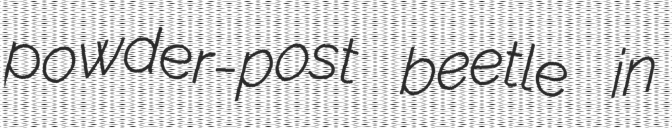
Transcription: powder-post beetle in